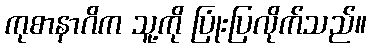
ကုစာနာဂိက သူ့ကို ပြုံးပြလိုက်သည်။